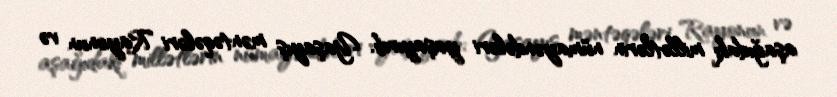
aşağıdakı millətlərin nümayəndələri yaşayırdı: Yaşayış məntəqələri Rayonun və